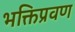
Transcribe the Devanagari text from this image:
भक्तिप्रवण